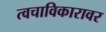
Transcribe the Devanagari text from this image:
त्वचाविकारावर